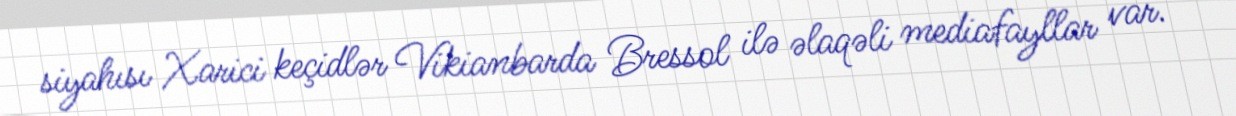
siyahısı Xarici keçidlər Vikianbarda Bressol ilə əlaqəli mediafayllar var.